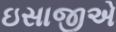
ઇસાજીએ